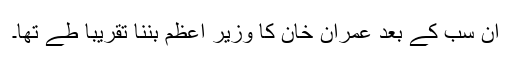
ان سب کے بعد عمران خان کا وزیر اعظم بننا تقریباً طے تھا۔